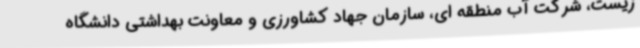
زیست، شرکت آب منطقه ای، سازمان جهاد کشاورزی و معاونت بهداشتی دانشگاه